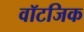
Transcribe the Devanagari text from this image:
वॉटजिक